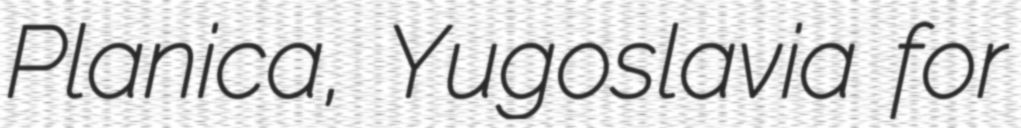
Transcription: Planica, Yugoslavia for